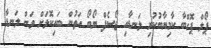
ޕޯލް ޕޮގްބާ ކާމިޔާބުކުރި ލަނޑާއި ޖޯސެފް ޔޯބޯ އަތުން ބައިކޮޅަށް ވަން ލަނޑާ